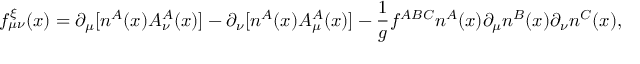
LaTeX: f _ { \mu \nu } ^ { \xi } ( x ) = \partial _ { \mu } [ n ^ { A } ( x ) { \cal A } _ { \nu } ^ { A } ( x ) ] - \partial _ { \nu } [ n ^ { A } ( x ) { \cal A } _ { \mu } ^ { A } ( x ) ] - { \frac { 1 } { g } } f ^ { A B C } n ^ { A } ( x ) \partial _ { \mu } n ^ { B } ( x ) \partial _ { \nu } n ^ { C } ( x ) ,